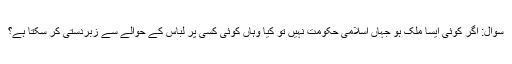
سوال: اگر کوئی ایسا ملک ہو جہاں اسلامی حکومت نہیں تو کیا وہاں کوئی کسی پر لباس کے حوالے سے زبردستی کر سکتا ہے؟